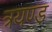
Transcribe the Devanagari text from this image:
त्रयण्ड